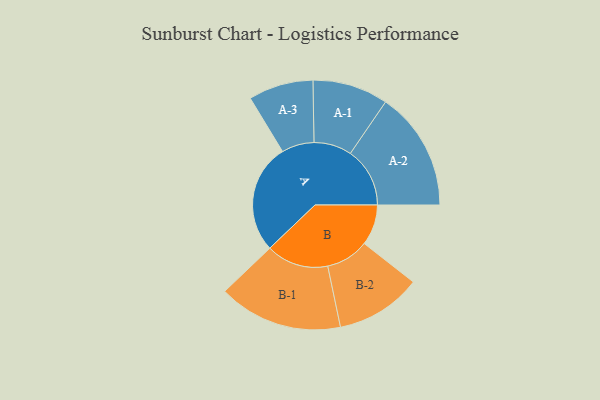
{"axis": {"x": "Segment", "y": "Value"}, "legend": ["", "A", "B"], "data": [{"x": "A", "y": 490, "type": ""}, {"x": "B", "y": 182, "type": ""}, {"x": "A-1", "y": 169, "type": "A"}, {"x": "A-2", "y": 266, "type": "A"}, {"x": "A-3", "y": 145, "type": "A"}, {"x": "B-1", "y": 278, "type": "B"}, {"x": "B-2", "y": 192, "type": "B"}]}